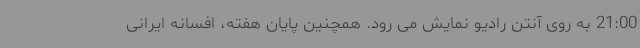
21:00 به روی آنتن رادیو نمایش می رود. همچنین پایان هفته، افسانه ایرانی